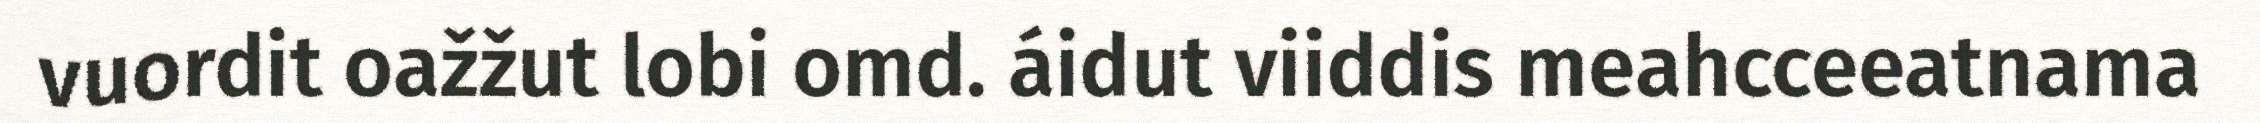
vuordit oažžut lobi omd. áidut viiddis meahcceeatnama